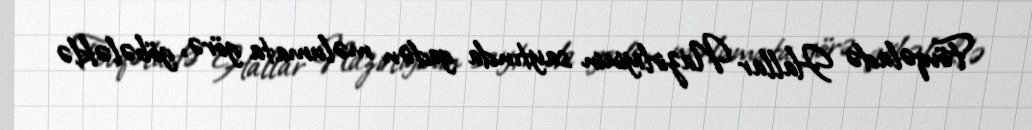
Fövqəladə Hallar Nazirliyinin saytında gedən məlumata görə, göbələklə